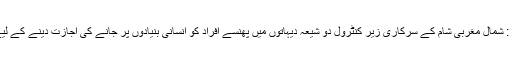
دسمبر : ( سیاست ڈاٹ کام ) : شمال مغربی شام کے سرکاری زیر کنٹرول دو شیعہ دیہاتوں میں پھنسے افراد کو انسانی بنیادوں پر جانے کی اجازت دینے کے لیے آج ایک معاہدہ طئے پایا ۔